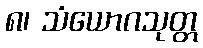
၈၊ သံယောဂသုတ္တ